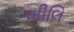
ખીલિ